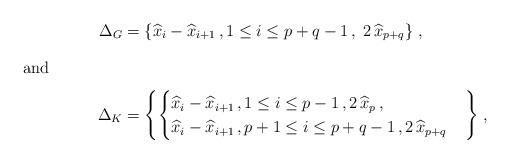
LaTeX: \begin{align*} \Delta_G&=\left\{ \widehat{x}_i-\widehat{x}_{i+1}\,, 1\leq i\leq p+q-1\,,\; 2\,\widehat{x}_{p+q}\right\}\,,\\ \intertext{and} \Delta_K&=\left\{ \begin{cases}\widehat{x}_i-\widehat{x}_{i+1}\,, 1\leq i\leq p-1\,, 2\,\widehat{x}_{p}\,,\\ \widehat{x}_i-\widehat{x}_{i+1}\,, p+1\leq i\leq p+q-1\,,2\,\widehat{x}_{p+q}\end{cases}\right\}\,,\end{align*}